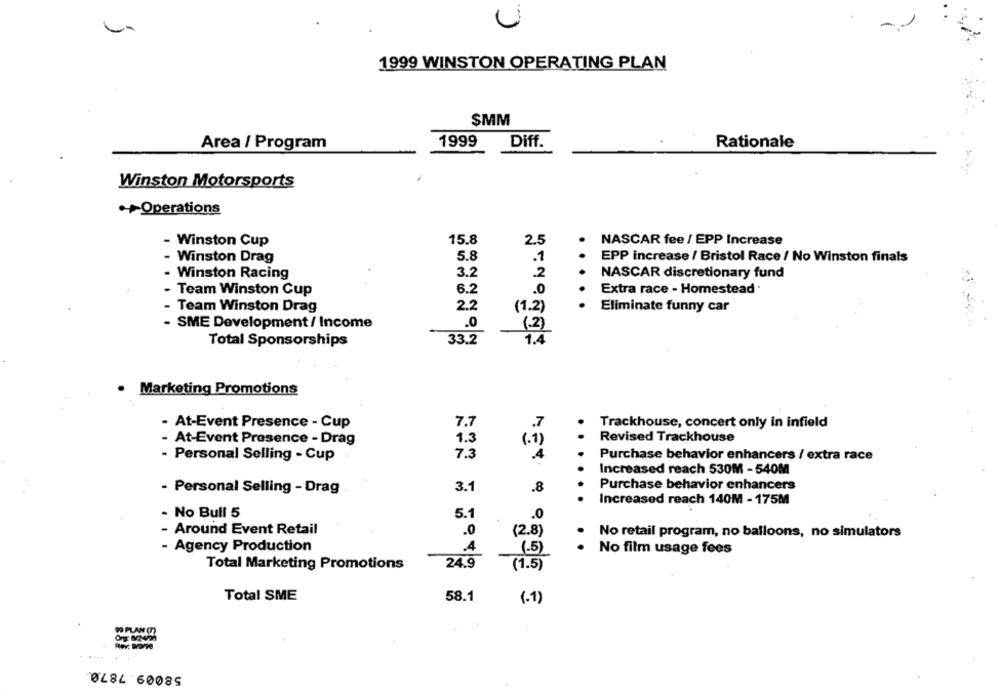
1999 WINSTON OPERATING PLAN
SMM
Area / Program
1999
Diff.
Rationale
Winston Motorsports
Operations
- Winston Cup
15.8
2.5
NASCAR fee / EPP Increase
5.8
- Winston Drag
.1
EPP increase / Bristol Race / No Winston finals
- Winston Racing
3.2
.2
NASCAR discretionary fund
- Team Winston Cup
6.2
.0
Extra race - Homestead
- Team Winston Drag
2.2
(1.2)
Eliminate funny car
- SME Development/ Income
(2)
33.2
1.4
Total Sponsorships
Marketing Promotions
- At-Event Presence - Cup
7.7
Trackhouse, concert only in infield
.7
At-Event Presence - Drag
1.3
1.1)
Revised Trackhouse
- Personal Selling - Cup
7.3
Purchase behavior enhancers / extra race
Increased reach 530M -540M
3.1
Purchase behavior enhancers
- Personal Selling - Drag
.8
...
Increased reach 140M - 175M
- No Bull 5
5.1
.0
Around Event Retail
.0
(2.8)
No retail program, no balloons, no simulators
- Agency Production
.4
(.5)
No film usage fees
24.9
Total Marketing Promotions
(1.5)
Total SME
58.1
(.1)
DO PLAN (7)
Org 82490
Rev. Bror98
58009.7870